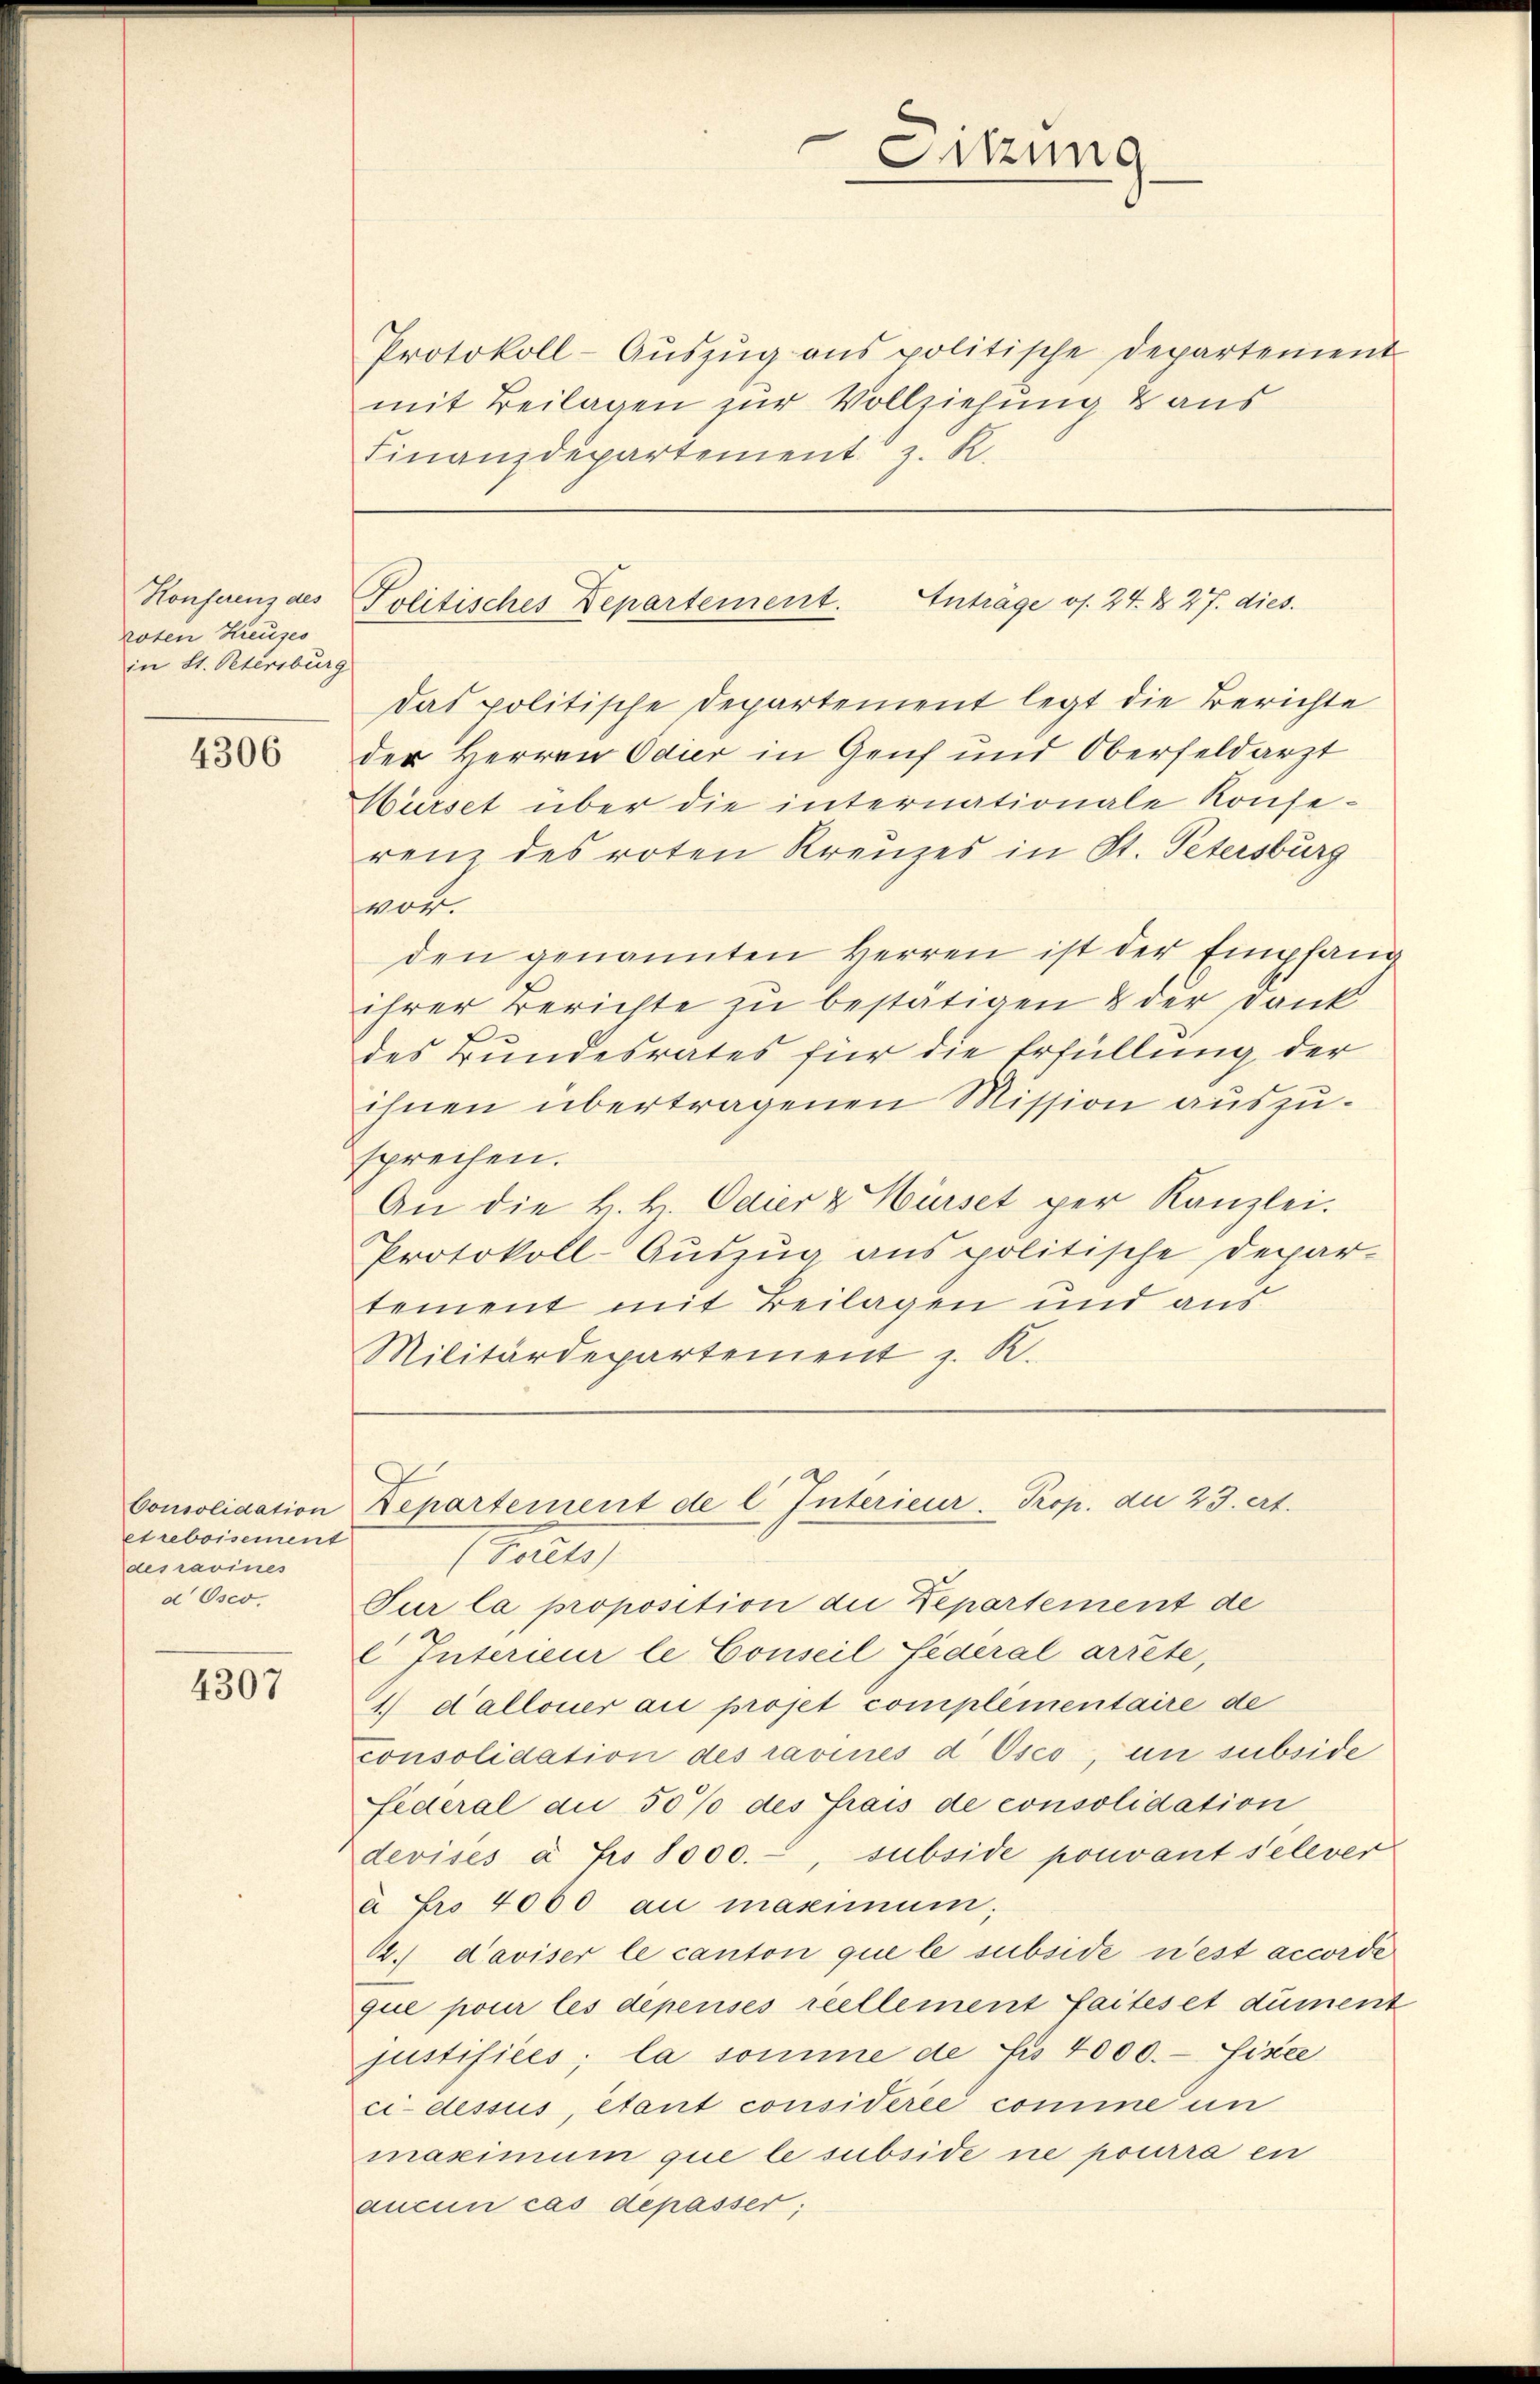
Honferenz des
roten Kreuzes
in St. Petersburg

4306

etueboisement
desravines
d Osco.

4307

Protokoll-Aŭszŭg ans politische Departement
mit Beilagen zur Vollziehung & aus
Finanzdepartement z. R.

das politische Departement legt die Berichte
der Herren Odier in Genf und Oberfeldarzt
Würset über die internationale Konse-
renz des roten Kreuzes in St. Petersburg
worden genannten Herren ist der Empfang
ihrer Berichte zu bestätigen & der Dank
des Bundesrates für die Erfüllung der
ihnen übertragenen Mission auszusprechen.
An die H. H. Odier & Hürset per Kanzlei.
Protokoll-Aŭszŭg anspolitische Depar-
tement mit Beilagen und aus
Militärdepartement z. K.

Sitzung

Politisches Departement. Enträge os. 24. d. 27. dies

Consolidation Departement de l. Interieur. Prop. die 23. crt.

karte
Sur la proposition die Departement de
 Interieur le Conseil fédéral arrete,
1.) dalloner au propt complementaire de
consolidation des ravinés d Osco, un subside
federal an 50% des Prais de consolidation
devises à Fr. 8000.-, subside pouvant selever
à Fr. 4000 au maximum,
1.) daviser le canton que le subside n’est accorde
que pour les dépensés reellement faites et dument
justifices; la somme de fu 4000.- Hince
ci-dessus, etont considérée comme un
maximum que le subside ne pourra en
aucun cas depasser;